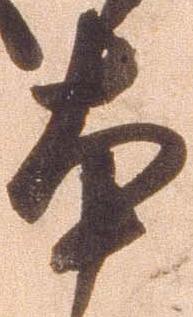
本